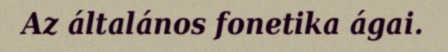
Az általános fonetika ágai.